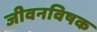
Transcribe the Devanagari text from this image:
जीवनविषक